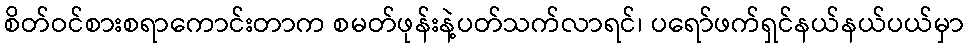
စိတ်ဝင်စားစရာကောင်းတာက စမတ်ဖုန်းနဲ့ပတ်သက်လာရင်၊ ပရော်ဖက်ရှင်နယ်နယ်ပယ်မှာ